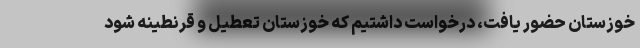
خوزستان حضور یافت، درخواست داشتیم که خوزستان تعطیل و قرنطینه شود